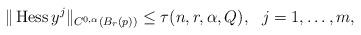
LaTeX: \begin{align*}\|\operatorname{Hess}y^j\|_{C^{0,\alpha}(B_{r}(p))}\leq \tau(n,r,\alpha,Q), \ \ j=1,\dots,m,\end{align*}